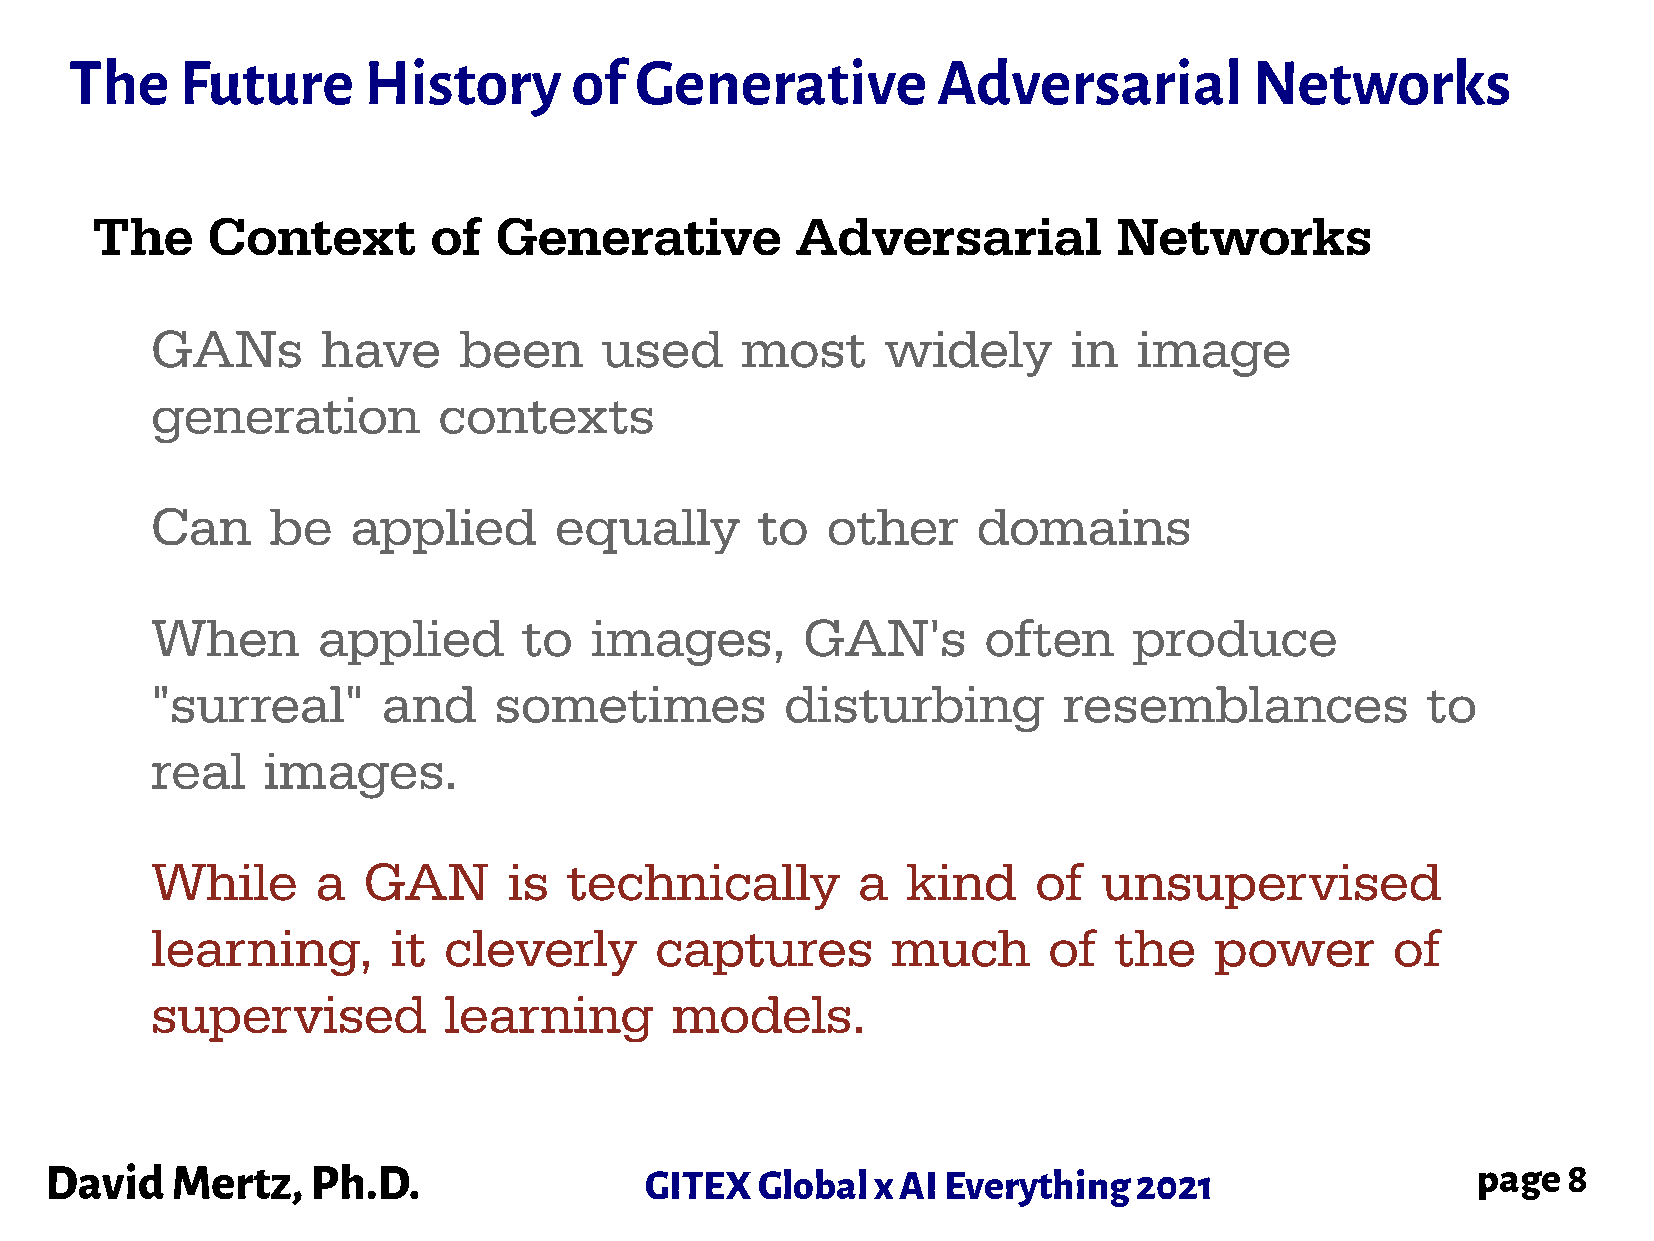
The    Future      History       of  Generative          Adversarial          Networks
 The     Context       of   Generative          Adversarial          Networks
 GANs       have     been      used     most      widely      in  image
 generation         contexts
 Can     be   applied       equally      to   other     domains
 When       applied       to  images,       GAN's       often     produce
 "surreal"      and     sometimes          disturbing        resemblances            to
 real   images.
 While      a  GAN       is  technically        a  kind     of  unsupervised
 learning,       it cleverly      captures        much      of   the   power       of
 supervised         learning       models.
 David   Mertz,    Ph.D.                 GITEX  Global  x AI Everything  2021                   page  8